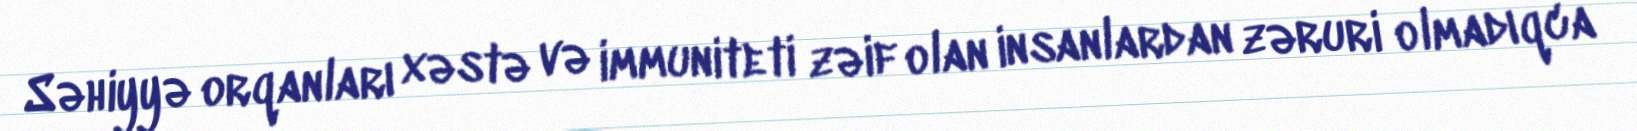
Səhiyyə orqanları xəstə və immuniteti zəif olan insanlardan zəruri olmadıqca